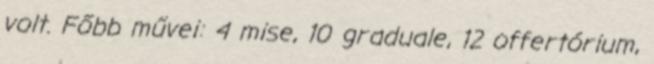
volt. Főbb művei: 4 mise, 10 graduale, 12 offertórium,